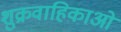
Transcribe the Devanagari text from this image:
शुक्रवाहिकाओं